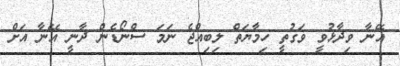
އޭނާ ވިދާޅުވީ ވަގުތީ ހިމާޔަތް ލިބިއްޖެ ނަމަ ސްނޯޑެން ދާނީ އޭނާ އަށް